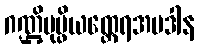
ဂဏ္ဌိပုပ္ဖိယထ္ထေရအပဒါန